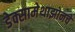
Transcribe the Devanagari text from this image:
डेक्सामेथाझोनचे